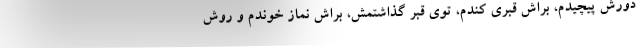
دورش پيچيدم، براش قبري كندم، توي قبر گذاشتمش، براش نماز خوندم و روش